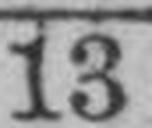
13